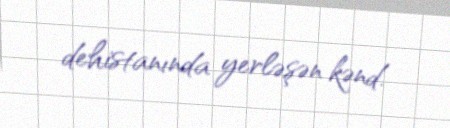
dehistanında yerləşən kənd.